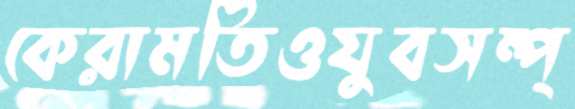
কেরামতিওযুবসম্প্